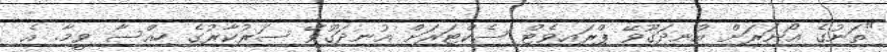
"ތަނުގެ އޯނަރަށް އުނދަގޫވޭ ޕްރައިވެޓް ސެކްޓަރަށް އުނދަގޫވޭ ސަރުކާރުގެ ހިއްސާ ވީމާ. އެ